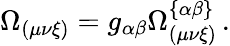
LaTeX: \Omega_{\left(\mu\nu\xi\right)}=g_{\alpha\beta}\Omega_{\left(\mu\nu\xi\right)}^{\left\{ \alpha\beta\right\} }\, .